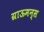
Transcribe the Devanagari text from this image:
ग्राऊमन्स